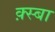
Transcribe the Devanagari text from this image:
क़्स्बा